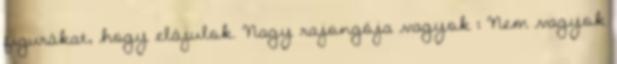
figurákat, hogy elájulok. Nagy rajongója vagyok : Nem vagyok